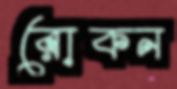
রোকন